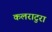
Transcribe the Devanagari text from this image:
कलराटुरा